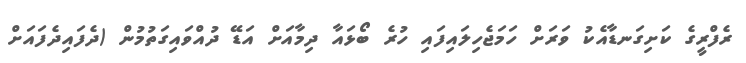
ރެފްރީގެ ކަށިގަނޑާއެކު ވަރަށް ހަމަޖެހިލައިފައި ހުރެ ބޯޅައާ ދިމާއަށް އަޑޭ ދުއްވައިގަތުމުން (ދެފައިދެފައަށް